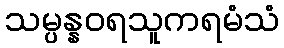
သမ္ပန္နဝရသူကရမံသံ